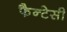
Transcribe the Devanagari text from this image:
फैन्टेसी